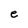
Character: e